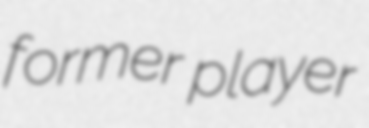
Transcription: former player